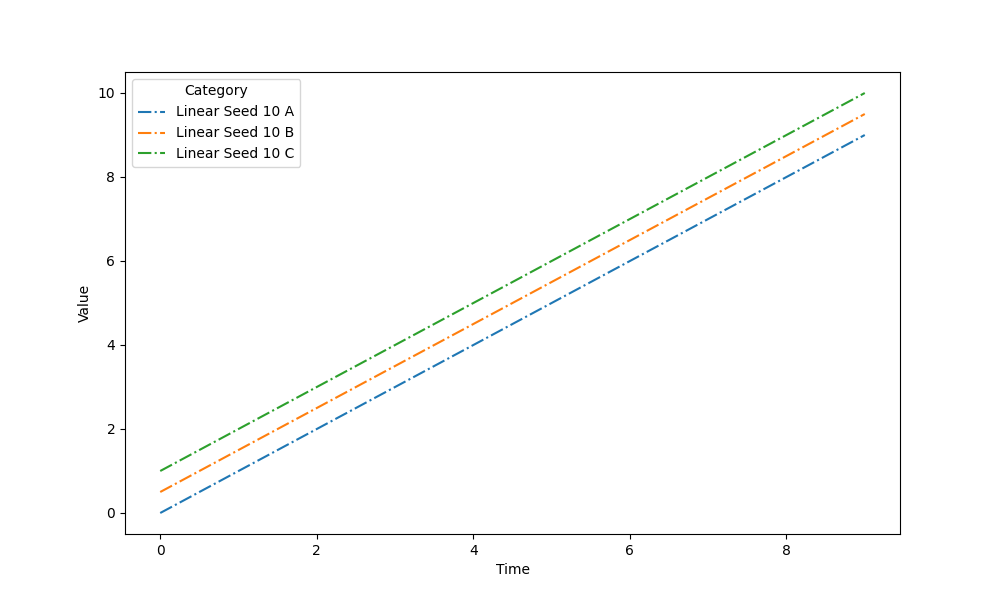
python, seaborn, lineplot, style='dashdot', marker='None'